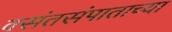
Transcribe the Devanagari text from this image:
वसंतसंपाताच्या